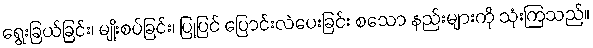
ရွေးခြယ်ခြင်း၊ မျိုးစပ်ခြင်း၊ ပြုပြင် ပြောင်းလဲပေးခြင်း စသော နည်းများကို သုံးကြသည်။